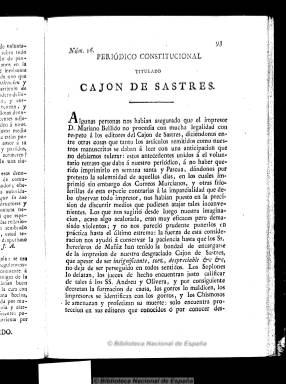
Título: Periódico constitucional titulado Cajón de sastres
Otros títulos: Cajón de sastres
Colección: Periódicos anteriores a 1850
Ámbito geográfico: Murcia
Lugar de publicación: Murcia
Fechas: 16/03/1822-28/03/1822

Tras desaparecer al final del título el gentilicio murciano en su número 16, sigue publicándose este periódico con esta cabecera, cambiando también de imprenta, haciéndolo a partir de ahora en la servil de los Herederos de Muñiz. Entre otras causas, porque el impresor liberal Manuel Bellido se había negado a sacarlo durante la semana santa, según sus editores.

El cambio debió producirse a primeros de mayo de 1822, y continúa la numeración y la foliación seguida de su título predecesor, manteniendo también su estructura y carácter político. Se dedica especialmente a impugnar a los periódicos exaltados y comuneros, y de estos recibe el calificativo de “despreciable papelucho”.

Sus editores y redactores son militares del Regimiento de la Princesa, acantonado en Murcia, a cuyos jefes defiende. A José Samaniego le sucederá como editor José González Pardo, un capitán artillero que dos años antes lo había sido del absolutista valenciano El diablo predicador, por lo que la acusación de ser un “servil enmascarado”, como reconoce García Soriano, no está del todo descartada, siendo tildado de “anillero” por Gil Novales.

Después de alcanzar hasta el número 28 y un total de 192 páginas, debió desaparecer entre finales de junio y primeros de julio de 1822.